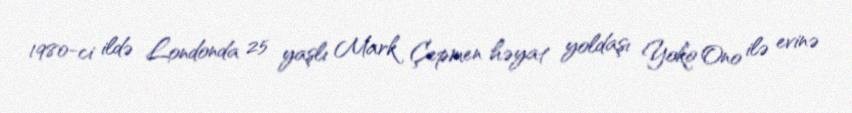
1980-ci ildə Londonda 25 yaşlı Mark Çepmen həyat yoldaşı Yoko Ono ilə evinə